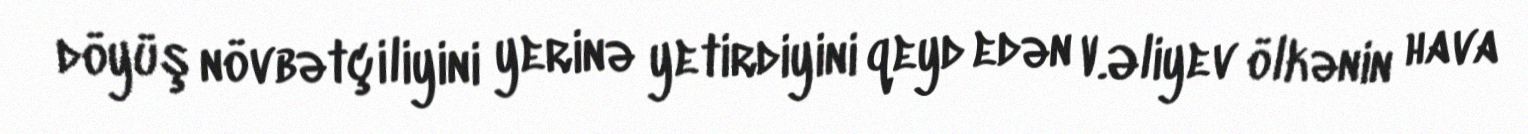
döyüş növbətçiliyini yerinə yetirdiyini qeyd edən V.Əliyev ölkənin hava